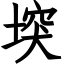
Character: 堗